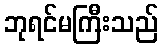
ဘုရင်မကြီးသည်